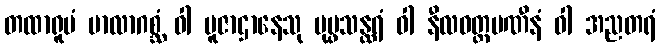
တထာရူပံ မာလာဂစ္ဆံ ဝါ ပူဇာဌာနေသု ပုပ္ဖသန္ထရံ ဝါ နီလဝတ္ထမဏီနံ ဝါ အညတရံ